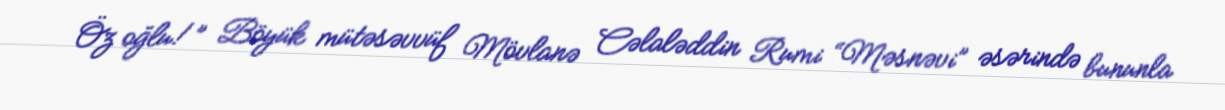
Öz oğlu!” Böyük mütəsəvvüf Mövlanə Cəlaləddin Rumi “Məsnəvi” əsərində bununla